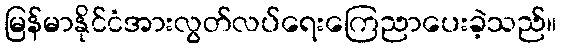
မြန်မာနိုင်ငံအားလွတ်လပ်ရေးကြေညာပေးခဲ့သည်။